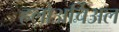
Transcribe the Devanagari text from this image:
हलोअर्चिअल